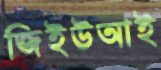
জিইউআই